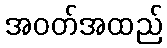
အဝတ်အထည်